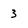
Character: 3